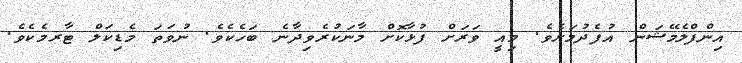
އިންފްލެމޭޝަން އުފެދުމަށެވެ. މިއީ ވަރަށް ފުޅާކޮށް މާނަކުރެވިދާނެ ބަހެކެވެ. ނުވަތަ މެޑިކަލް ޓާރމެކެވެ.